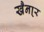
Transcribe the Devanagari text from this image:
खैना्र